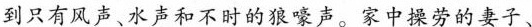
到只有风声、水声和不时的狼嚎声。家中操劳的妻子、